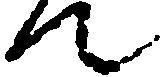
て